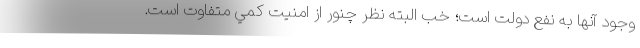
وجود آنها به نفع دولت است؛ خب البته نظر چنور از امنيت كمي متفاوت است.